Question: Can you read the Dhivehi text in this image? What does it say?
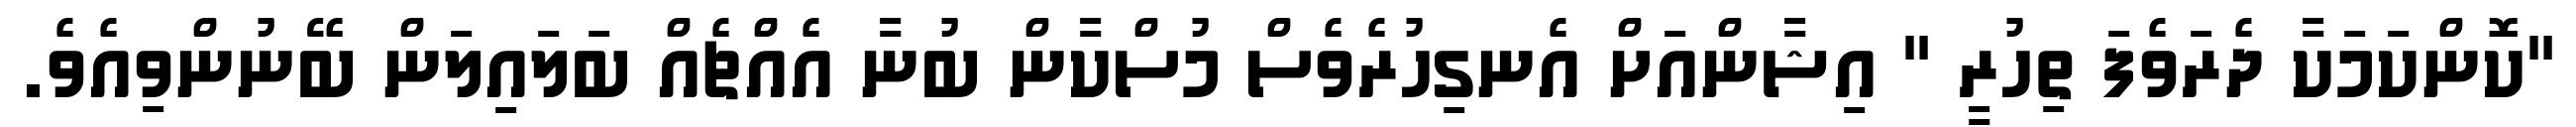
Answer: "ކޮންކަމަކާ ދެރަވެފަ ތިހުރީ " އިޝާންއަށް އެނގިހުރެވެސް މުސްކާން ބުނާ އެއްޗެއް ބަލައިލަން ބޭނުންވިއެވެ.